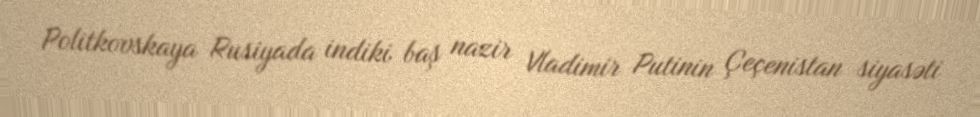
Politkovskaya Rusiyada indiki baş nazir Vladimir Putinin Çeçenistan siyasəti